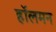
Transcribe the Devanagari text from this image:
हॉलमन